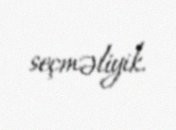
seçməliyik.